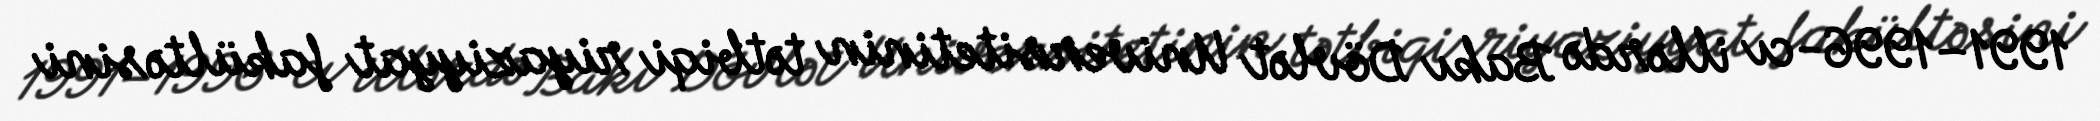
1991–1996-cı illərdə Bakı Dövlət Universitetinin tətbiqi riyaziyyat fakültəsini